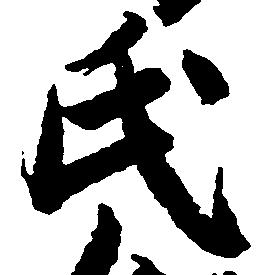
氏